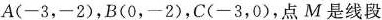
A(-3，-2)，B(0，-2)，C(-3，0)，点M是线段